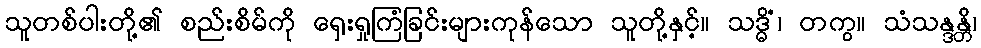
သူတစ်ပါးတို့၏ စည်းစိမ်ကို ရှေးရှုကြံခြင်းများကုန်သော သူတို့နှင့်။ သဒ္ဓိံ၊ တကွ။ သံသန္ဒန္တိ၊